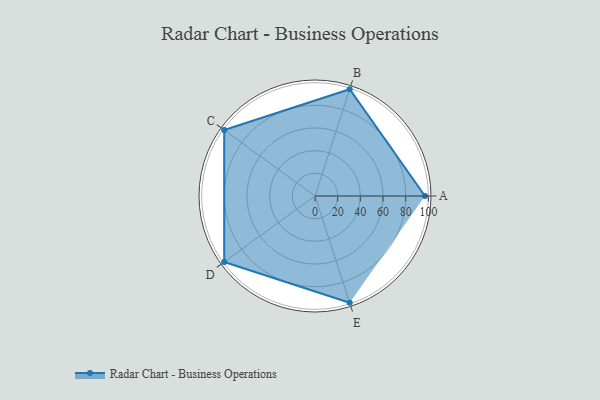
{"axis": {"x": "Skill", "y": "Score"}, "legend": ["Profile"], "data": [{"x": "A", "y": 97.0, "type": "Profile"}, {"x": "B", "y": 99.0, "type": "Profile"}, {"x": "C", "y": 99, "type": "Profile"}, {"x": "D", "y": 99, "type": "Profile"}, {"x": "E", "y": 99, "type": "Profile"}]}